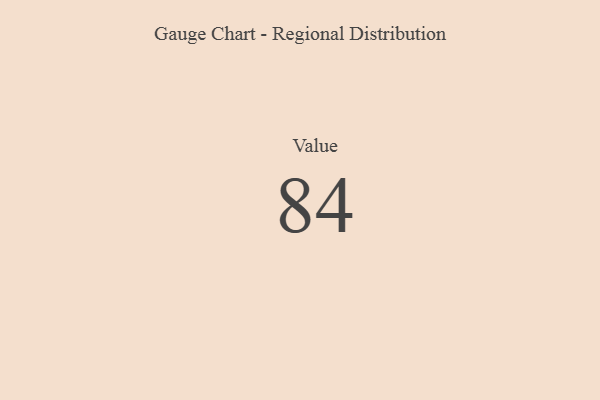
{"axis": {"x": "Metric", "y": "Value"}, "legend": [""], "data": [{"x": "Value", "y": 84, "type": ""}]}